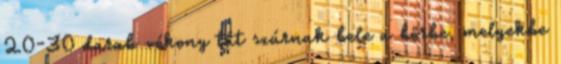
20-30 darab vékony tűt szúrnak bele a bőrbe, melyekbe